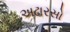
અઢારસો